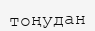
тоңудан